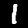
Label: 1